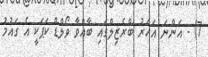
7) - އަންނަ އަހަރު ބްރެޒިލްގައި ބާއްވާ ވޯލްޑް ކަޕަކީ އެ ގައުމު